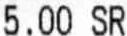
5.00 SR